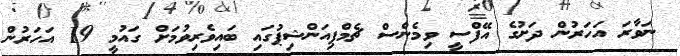
ނަވާރަ އަހަރުން ދަށުގެ އޭފްސީ ވިމެންސް ޗެމްޕިއަންޝިޕުގައި ބައިވެރިވުމަށް ގައުމީ 19 އަހަރުން